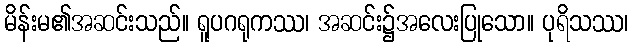
မိန်းမ၏အဆင်းသည်။ ရူပဂရုကဿ၊ အဆင်း၌အလေးပြုသော။ ပုရိသဿ၊